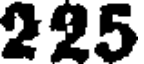
225